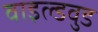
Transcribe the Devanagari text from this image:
वाइल्डवुड